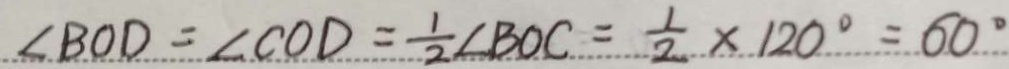
\angle B O D = \angle C O D = \frac { 1 } { 2 } \angle B O C = \frac { 1 } { 2 } \times 1 2 0 ^ { \circ } = 6 0 ^ { \circ }